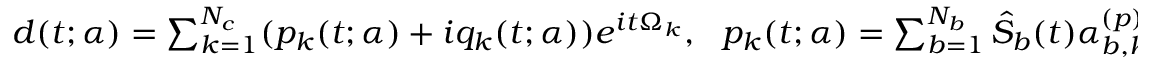
\begin{array} { r } { d ( t ; \boldsymbol { \alpha } ) = \sum _ { k = 1 } ^ { N _ { c } } ( p _ { k } ( t ; \boldsymbol { \alpha } ) + i q _ { k } ( t ; \boldsymbol { \alpha } ) ) e ^ { i t \Omega _ { k } } , \ \ p _ { k } ( t ; \boldsymbol { \alpha } ) = \sum _ { b = 1 } ^ { N _ { b } } \hat { S } _ { b } ( t ) \alpha _ { b , k } ^ { ( p ) } , \ \ q _ { k } ( t ; \boldsymbol { \alpha } ) = \sum _ { b = 1 } ^ { N _ { b } } \hat { S } _ { b } ( t ) \alpha _ { b , k } ^ { ( q ) } . } \end{array}